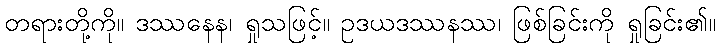
တရားတို့ကို။ ဒဿနေန၊ ရှုသဖြင့်။ ဥဒယဒဿနဿ၊ ဖြစ်ခြင်းကို ရှုခြင်း၏။